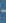
-